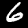
Label: 6